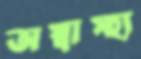
অস্বাস্হ্য